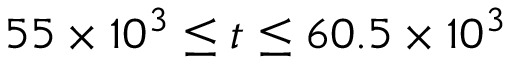
5 5 \times 1 0 ^ { 3 } \le t \le 6 0 . 5 \times 1 0 ^ { 3 }